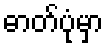
ဓာတ်ပုံမှာ